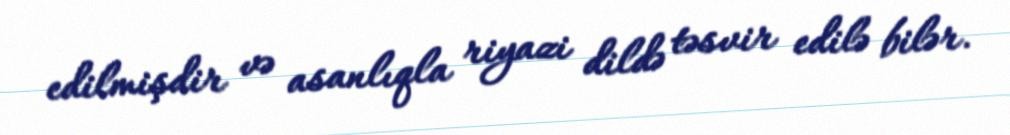
edilmişdir və asanlıqla riyazi dildə təsvir edilə bilər.